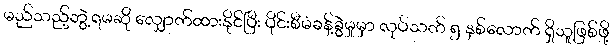
မည်သည့်ဘွဲ့ရမဆို လျှောက်ထားနိုင်ပြီး ပိုင်းစီမံခန့်ခွဲမှုမှာ လုပ်သက် ၅ နှစ်လောက် ရှိသူဖြစ်ဖို့